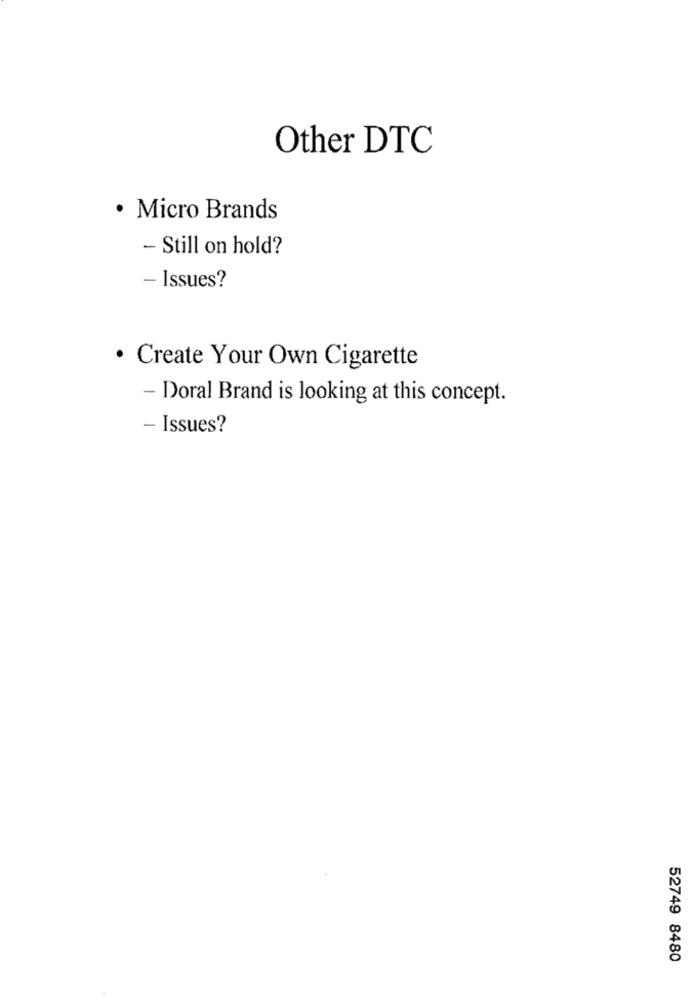
Other DTC
· Micro Brands
- Still on hold?
- Issues?
· Create Your Own Cigarette
- Doral Brand is looking at this concept.
- Issues?
52749 8480